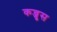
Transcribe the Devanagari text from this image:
कन्जुस